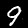
Digit: 9